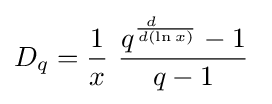
D_{q}={\frac {1}{x}}~{\frac {q^{d~~~ \over d(\ln x)}-1}{q-1}}~